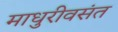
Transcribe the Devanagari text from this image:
माधुरीवसंत